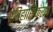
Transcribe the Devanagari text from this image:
ऐतिहासिकरण